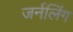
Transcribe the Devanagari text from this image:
जर्नलिंग